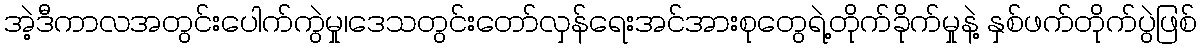
အဲ့ဒီကာလအတွင်းပေါက်ကွဲမှု၊ဒေသတွင်းတော်လှန်ရေးအင်အားစုတွေရဲ့တိုက်ခိုက်မှုနဲ့ နှစ်ဖက်တိုက်ပွဲဖြစ်